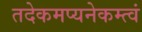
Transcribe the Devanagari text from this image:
तदेकमप्यनेकम्त्वं